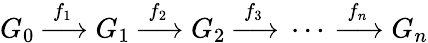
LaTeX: G_{0}\; {\xrightarrow{\ f_{1}\ }}\; G_{1}\; {\xrightarrow{\ f_{2}\ }}\; G_{2}\; {\xrightarrow{\ f_{3}\ }}\; \cdots\; {\xrightarrow{\ f_{n}\ }}\; G_{n}